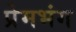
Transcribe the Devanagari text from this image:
प्रेमभंग